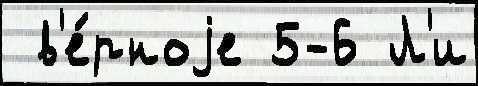
 в'е́рноjе 5-6 Л'и